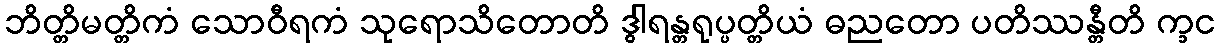
ဘိတ္တိမတ္တိကံ သောဝီရကံ သုရောသိတောတိ ဒွါရန္တရုပ္ပတ္တိယံ ဓညတော ပတိဿန္တီတိ က္ခင